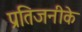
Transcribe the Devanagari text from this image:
प्रतिजनीके